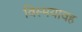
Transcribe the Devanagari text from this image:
विस्मयावह